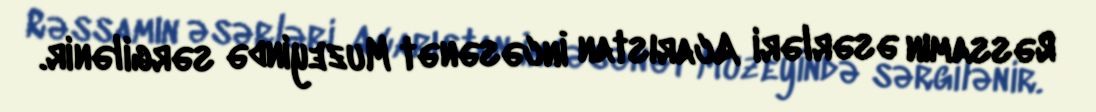
Rəssamın əsərləri Acarıstan İncəsənət Muzeyində sərgilənir.